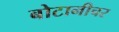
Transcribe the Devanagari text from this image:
बोटानीचर